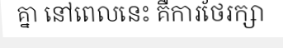
គ្នា នៅពេលនេះ គឺការថែរក្សា